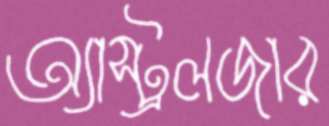
অ্যাস্ট্রলজার